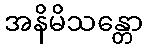
အနိမိသန္တော